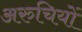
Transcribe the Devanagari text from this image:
अरुचियों